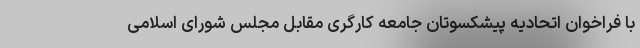
با فراخوان اتحادیه پیشکسوتان جامعه کارگری مقابل مجلس شورای اسلامی